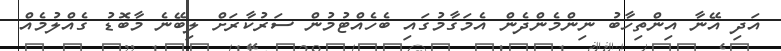
އަދި އޭނާ އިންތިހާބު ނިންމެންދެން އެމަގާމުގައި ބެހެއްޓުމުން ސަރުކާރަށް ލިބޭނެ މާބޮޑު ގެއްލުމެއް